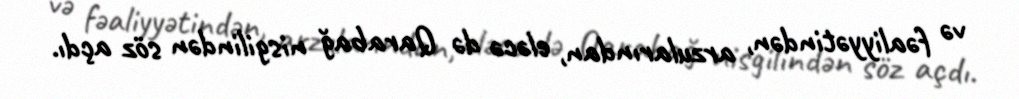
və fəaliyyətindən, arzularından, eləcə də Qarabağ nisgilindən söz açdı.